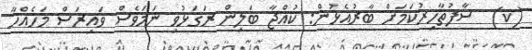
(ކ)  ސާފުތާހިރުކަމަށް ބާރުއެޅުން: ކުއްޖާ ބަލިން ރަގަޅުވި ނަމަވެސް ވައިރަސް މަހެއްހާ